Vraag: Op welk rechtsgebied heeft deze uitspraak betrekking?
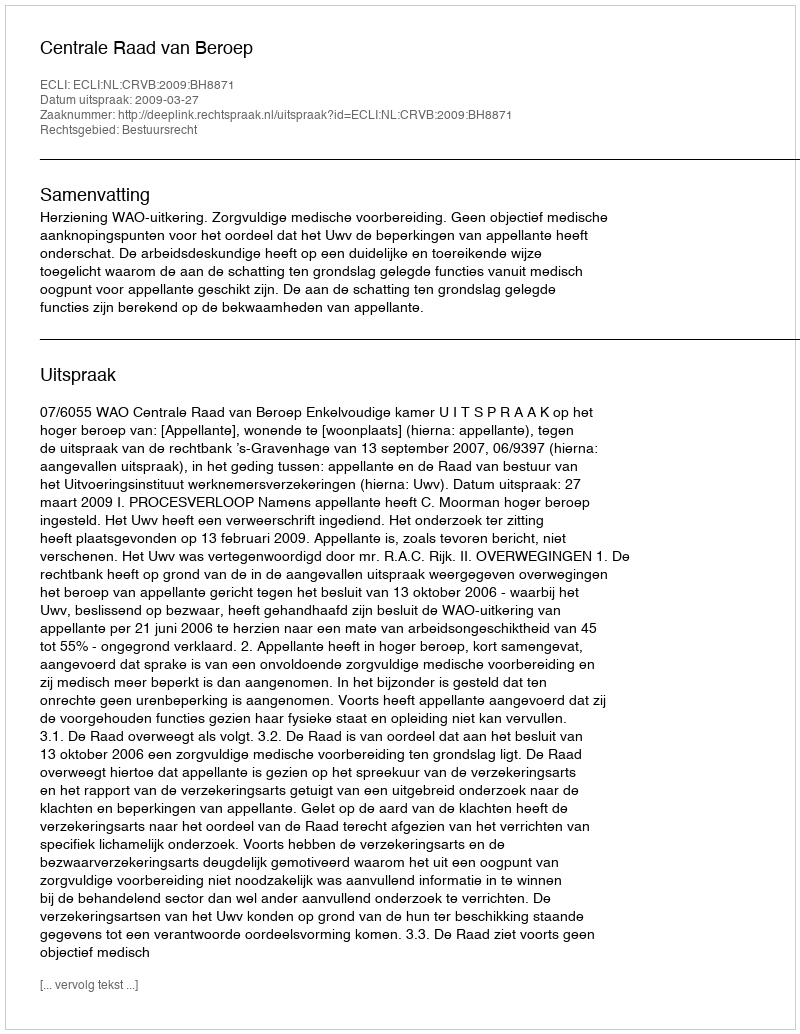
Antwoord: Bestuursrecht